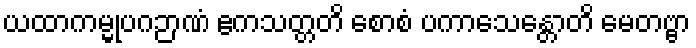
ယထာကမ္မုပဂဉာဏံ ဧကသတ္တတိ စောစံ ပကာသေန္တောတိ မေတဗ္ဗာ